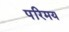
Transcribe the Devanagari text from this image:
परिमय